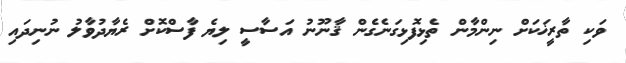
ވަކި ތާރީޚަކަށް ނިންމާން ތެޅިފޮޅިގަނެގެން ޤާނޫނު އަސާސީ ލިޔެ ފާސްކޮށް ރެޔާދުވާލު ނުނިދައި